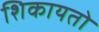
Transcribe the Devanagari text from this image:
शिकायतो